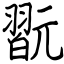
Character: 翫